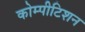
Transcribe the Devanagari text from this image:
कोम्पीटिशन